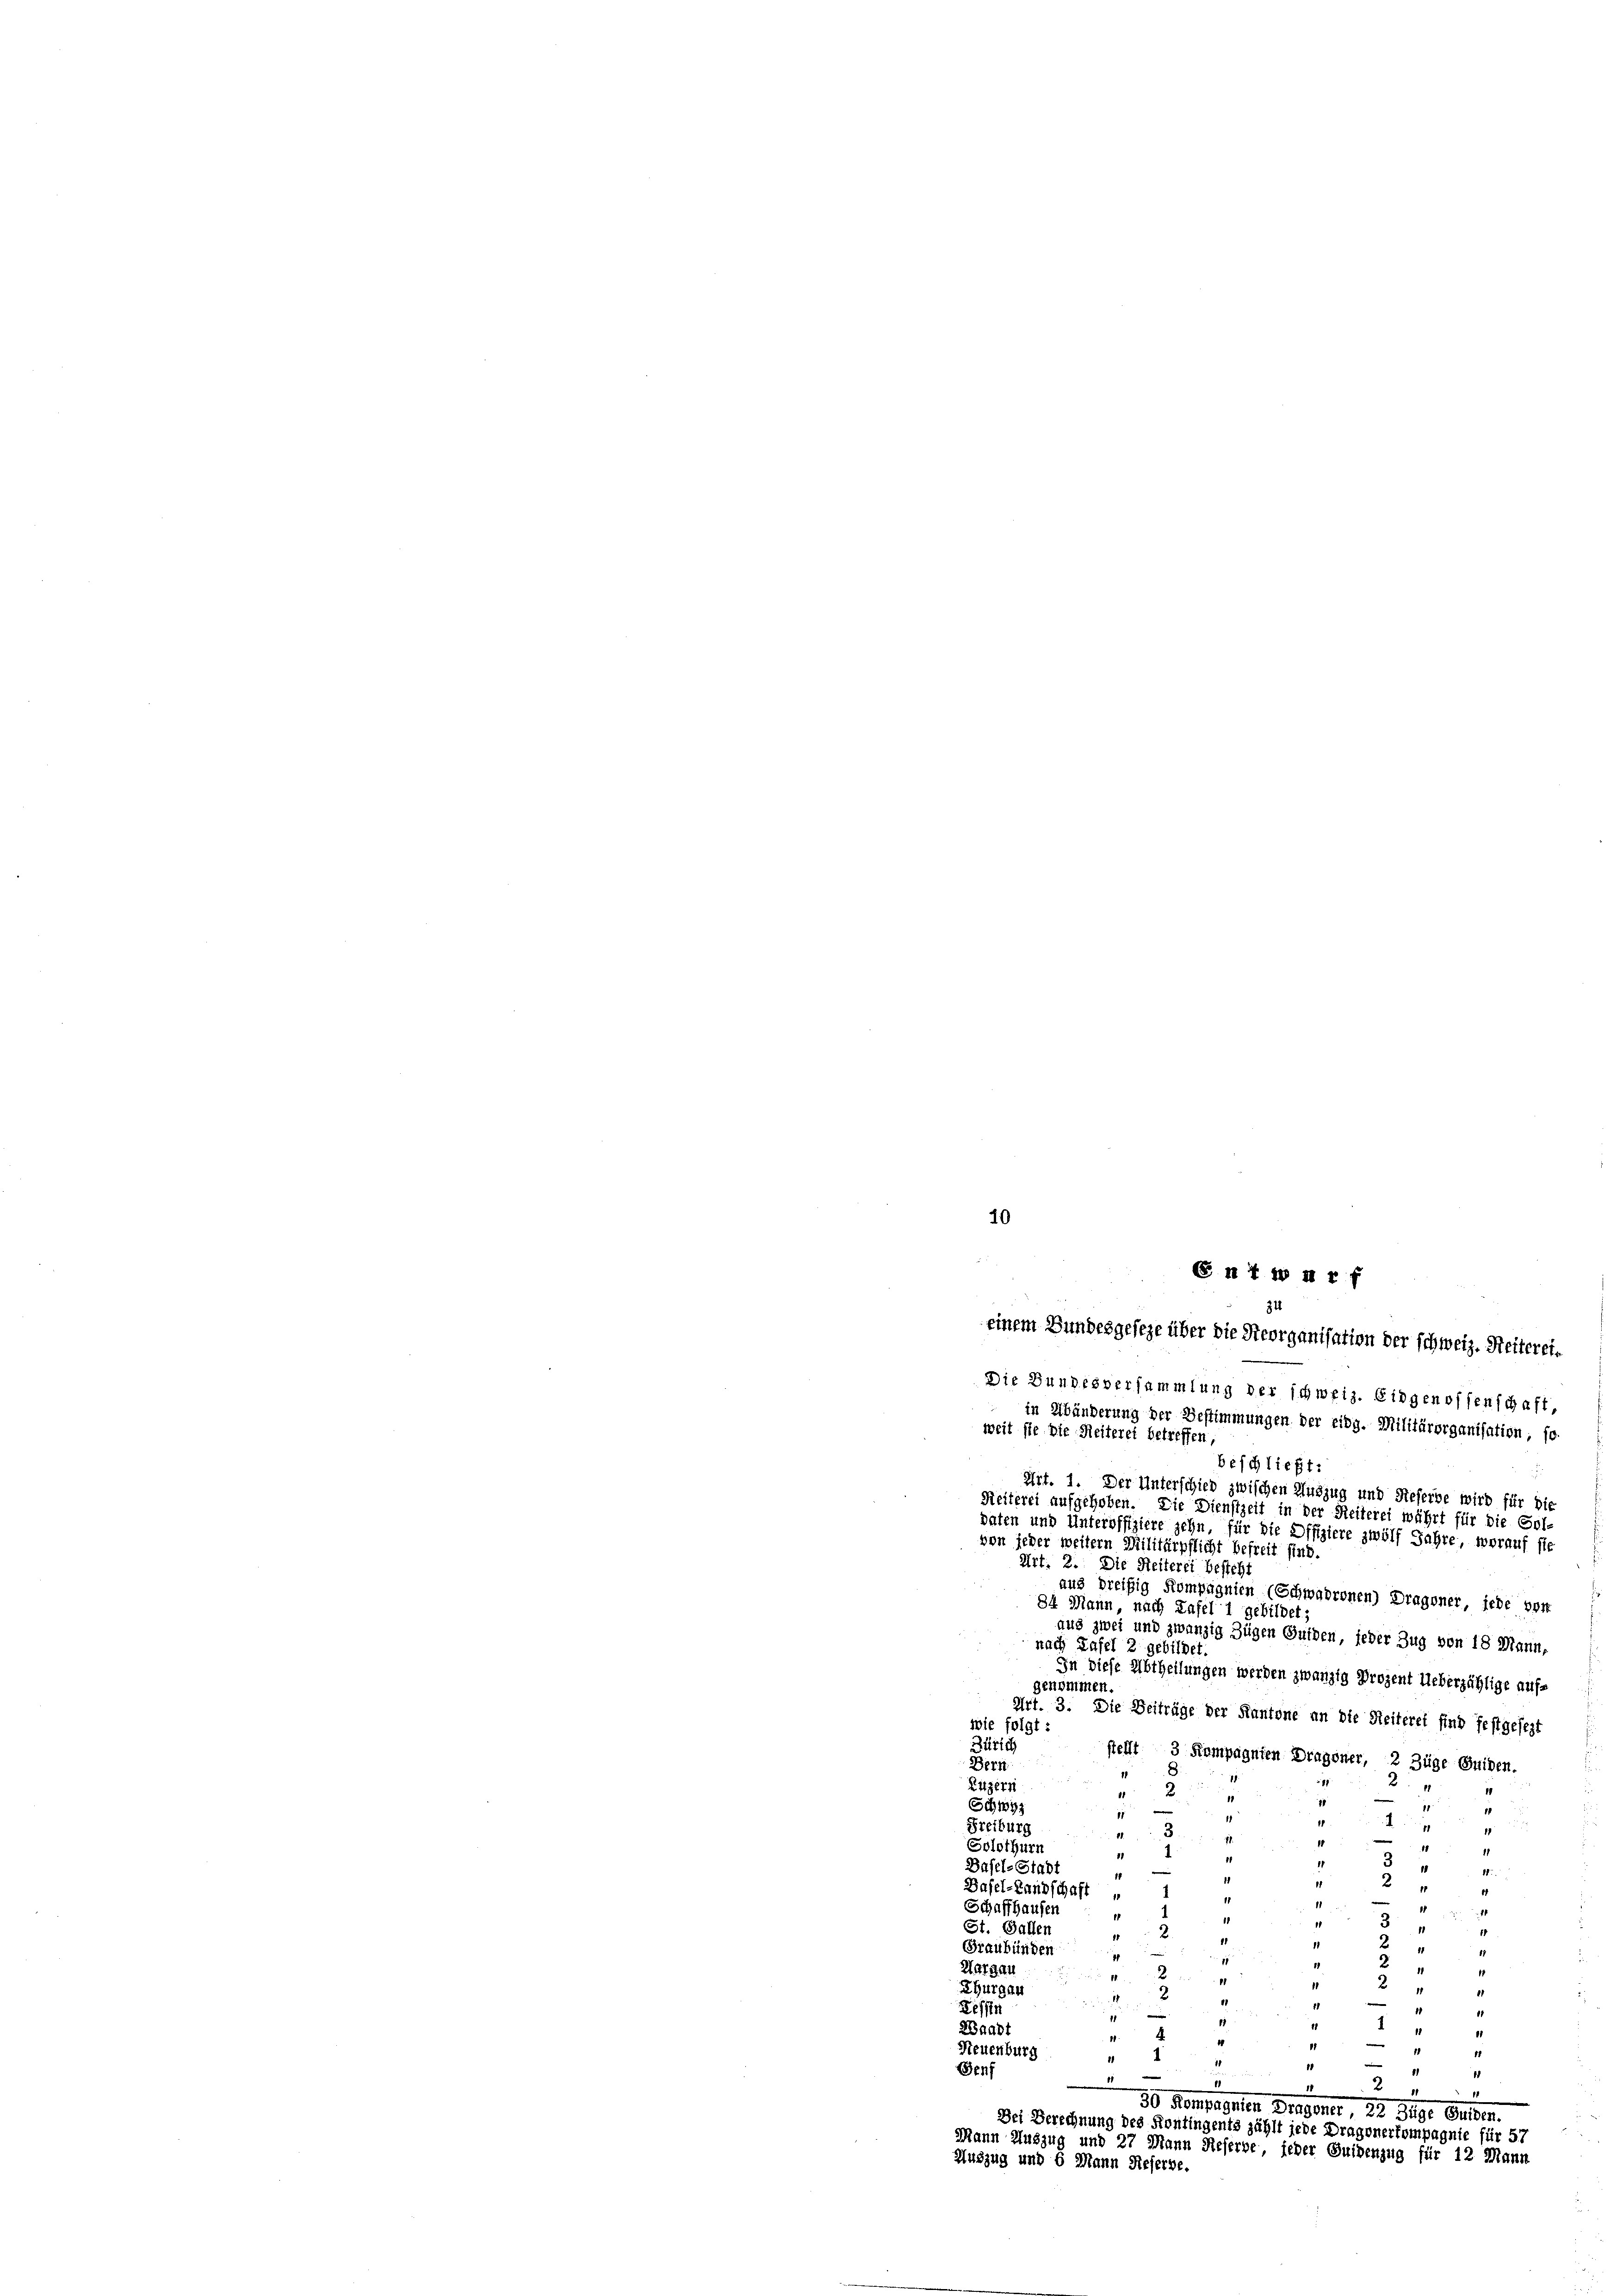
10

beschließt:
e
Art. 1. Der Unterschied zwischen Auszug und Referbe wird für die
Reiterei aufgehoben. Die Dienstzeit in der Reiterei währt für die Gol-
daten und Unteroffiziere zehn, für die Offiziere zwölf Jahre, worauf sie
von jeder weitern Militärpflicht befreit sind.
Art. 2. Die Seiterei besteht
aus dreißig Kompagnien (Schwadronen) Dragoner, jede vor
84 Mann, nach Tafel 1 gebildet;
aus zwei und zwanzig Zügen Gulden, jeder Zug von 18 Mann,
nach Tafel 2 gebildet.
In diese Abtheilungen werden zwanzig Prozent Ueberzählige aufs
genommen.
Art. 3. Die Beiträge der Kantone an die Reiteret sind festgesezt
wie folgt:
Zürich stellt 3 Kompagnien Dragoner, 2 Züge Guiden.
Berz
Ritzer
2
Schwyz
11
1
1

g
Freiburg
71.
1
Solothurn
1
f
3
Dasel-Stadt
1
e

Dasel-Landschaft „
11
1
11
Schaffhausen
1
1
2
St. Gallen " 2
11
Graubünden
Margau
1
1
2.
1
Thurgau 2
8
11
Tessin
e
11
1
Waadt
4
1
u
f
¬
Neuenburg " 1
11
1
Senf
.
d

.
2
30 Sempagnien gegener 22 die Guber.
Dei Berechnung des Kontingents zählt jede Dragonerkompagnie für 57
Mann Auszug und 27 Mann Reserbe, jeder Suidenzug für 12 Mann
Auszug und 6 Mann Referbe.

G II 18 Xr f
34
einem Bundesgeseze über die Reorganisation der schweiz. Seiterei¬
Die Bundesversammlung der schweiz. Eidgenossenschaft,
in Abänderung der Bestimmungen der eidg. Militärorganisation, so-
weit sie die Reiteret betreffen,